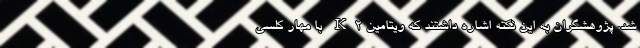
شد. پژوهشگران به این نکته اشاره داشتند که ویتامین K2 با مهار کلسی